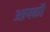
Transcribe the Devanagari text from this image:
आपकौ